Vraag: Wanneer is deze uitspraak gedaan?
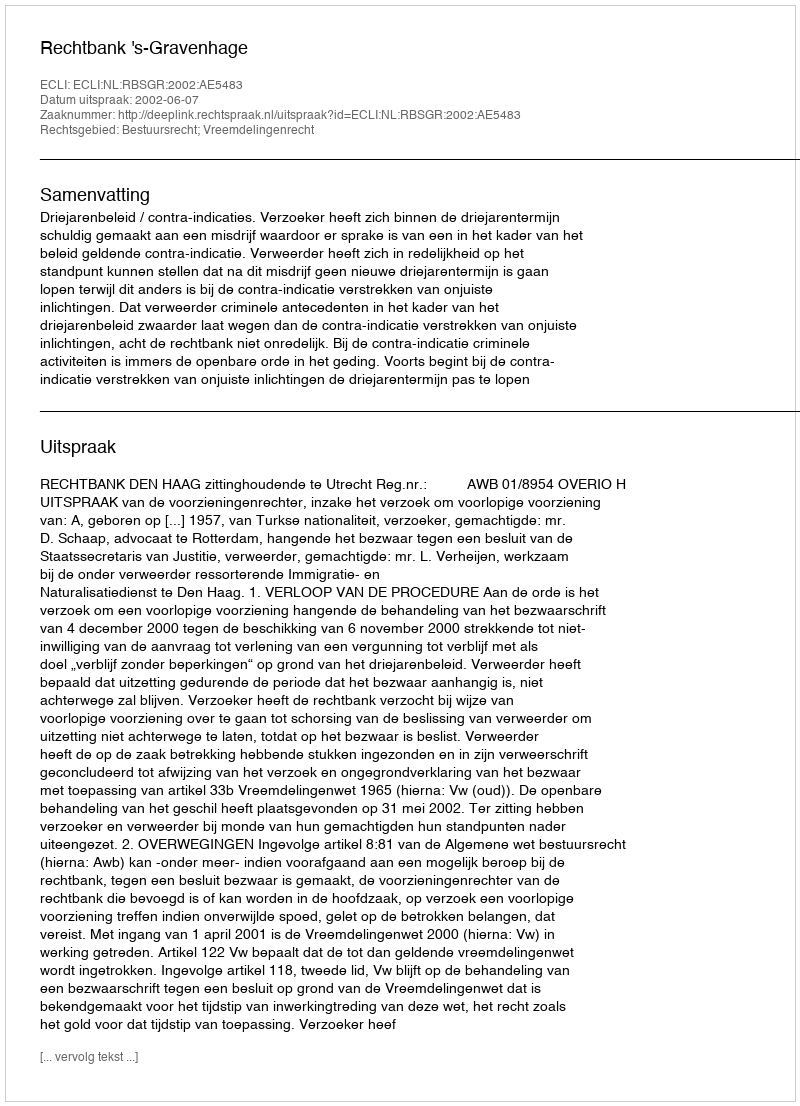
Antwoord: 2002-06-07